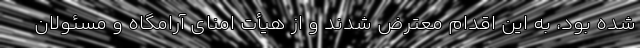
شده بود، به این اقدام معترض شدند و از هیأت امنای آرامگاه و مسئولان